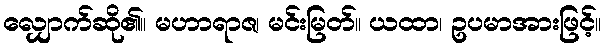
လျှောက်ဆို၏။ မဟာရာဇ၊ မင်းမြတ်။ ယထာ၊ ဥပမာအားဖြင့်။